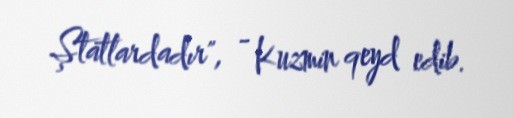
Ştatlardadır", - Kuzmin qeyd edib.